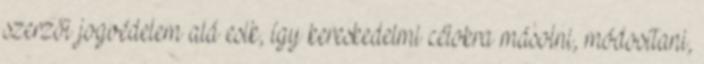
szerzői jogvédelem alá esik, így kereskedelmi célokra másolni, módosítani,